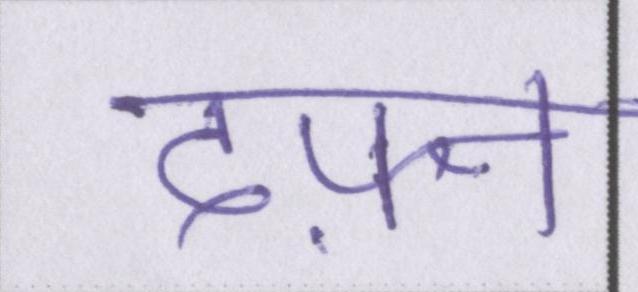
दफ़्न